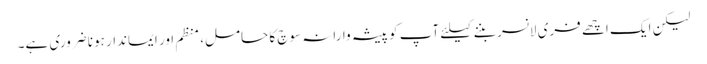
لیکن ایک اچھے فری لانسر بننے کیلئے آپ کو پیشہ وارانہ سوچ کا حامل، منظم اور ایماندار ہونا ضروری ہے۔